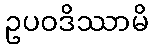
ဥပဝဒိဿာမိ